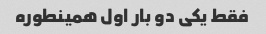
فقط یکی دو بار اول همینطوره